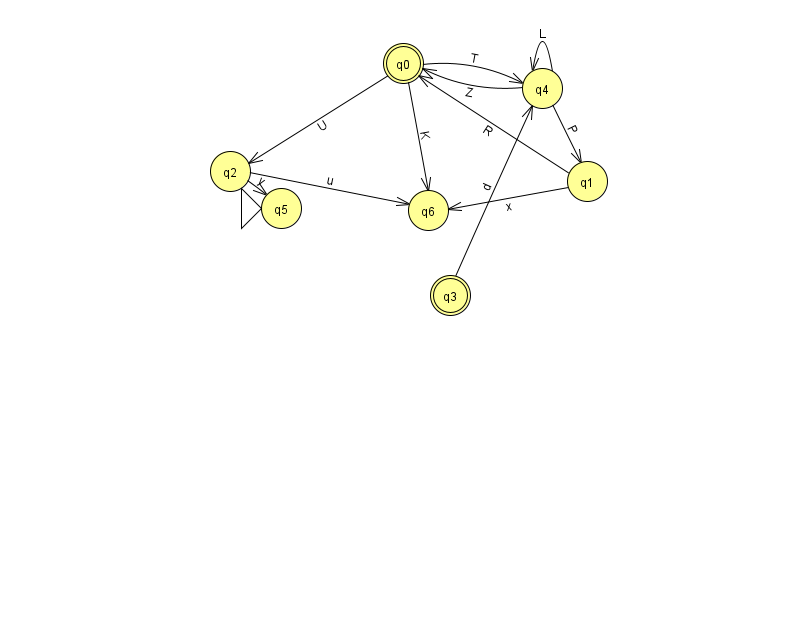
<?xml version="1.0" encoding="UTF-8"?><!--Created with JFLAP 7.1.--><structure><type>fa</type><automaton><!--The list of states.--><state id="0" name="q0"><x>403.0</x><y>50.0</y><final/></state><state id="1" name="q1"><x>587.0</x><y>168.0</y></state><state id="2" name="q2"><x>230.0</x><y>158.0</y></state><state id="3" name="q3"><x>450.0</x><y>282.0</y><final/></state><state id="4" name="q4"><x>542.0</x><y>75.0</y></state><state id="5" name="q5"><x>281.0</x><y>195.0</y><initial/></state><state id="6" name="q6"><x>428.0</x><y>197.0</y></state><!--The list of transitions.--><transition><from>4</from><to>0</to><read>Z</read></transition><transition><from>1</from><to>0</to><read>R</read></transition><transition><from>0</from><to>6</to><read>K</read></transition><transition><from>1</from><to>6</to><read>x</read></transition><transition><from>2</from><to>6</to><read>u</read></transition><transition><from>3</from><to>4</to><read>d</read></transition><transition><from>2</from><to>5</to><read>y</read></transition><transition><from>4</from><to>1</to><read>P</read></transition><transition><from>4</from><to>4</to><read>L</read></transition><transition><from>0</from><to>4</to><read>T</read></transition><transition><from>0</from><to>2</to><read>U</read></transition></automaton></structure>